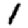
Digit: 1